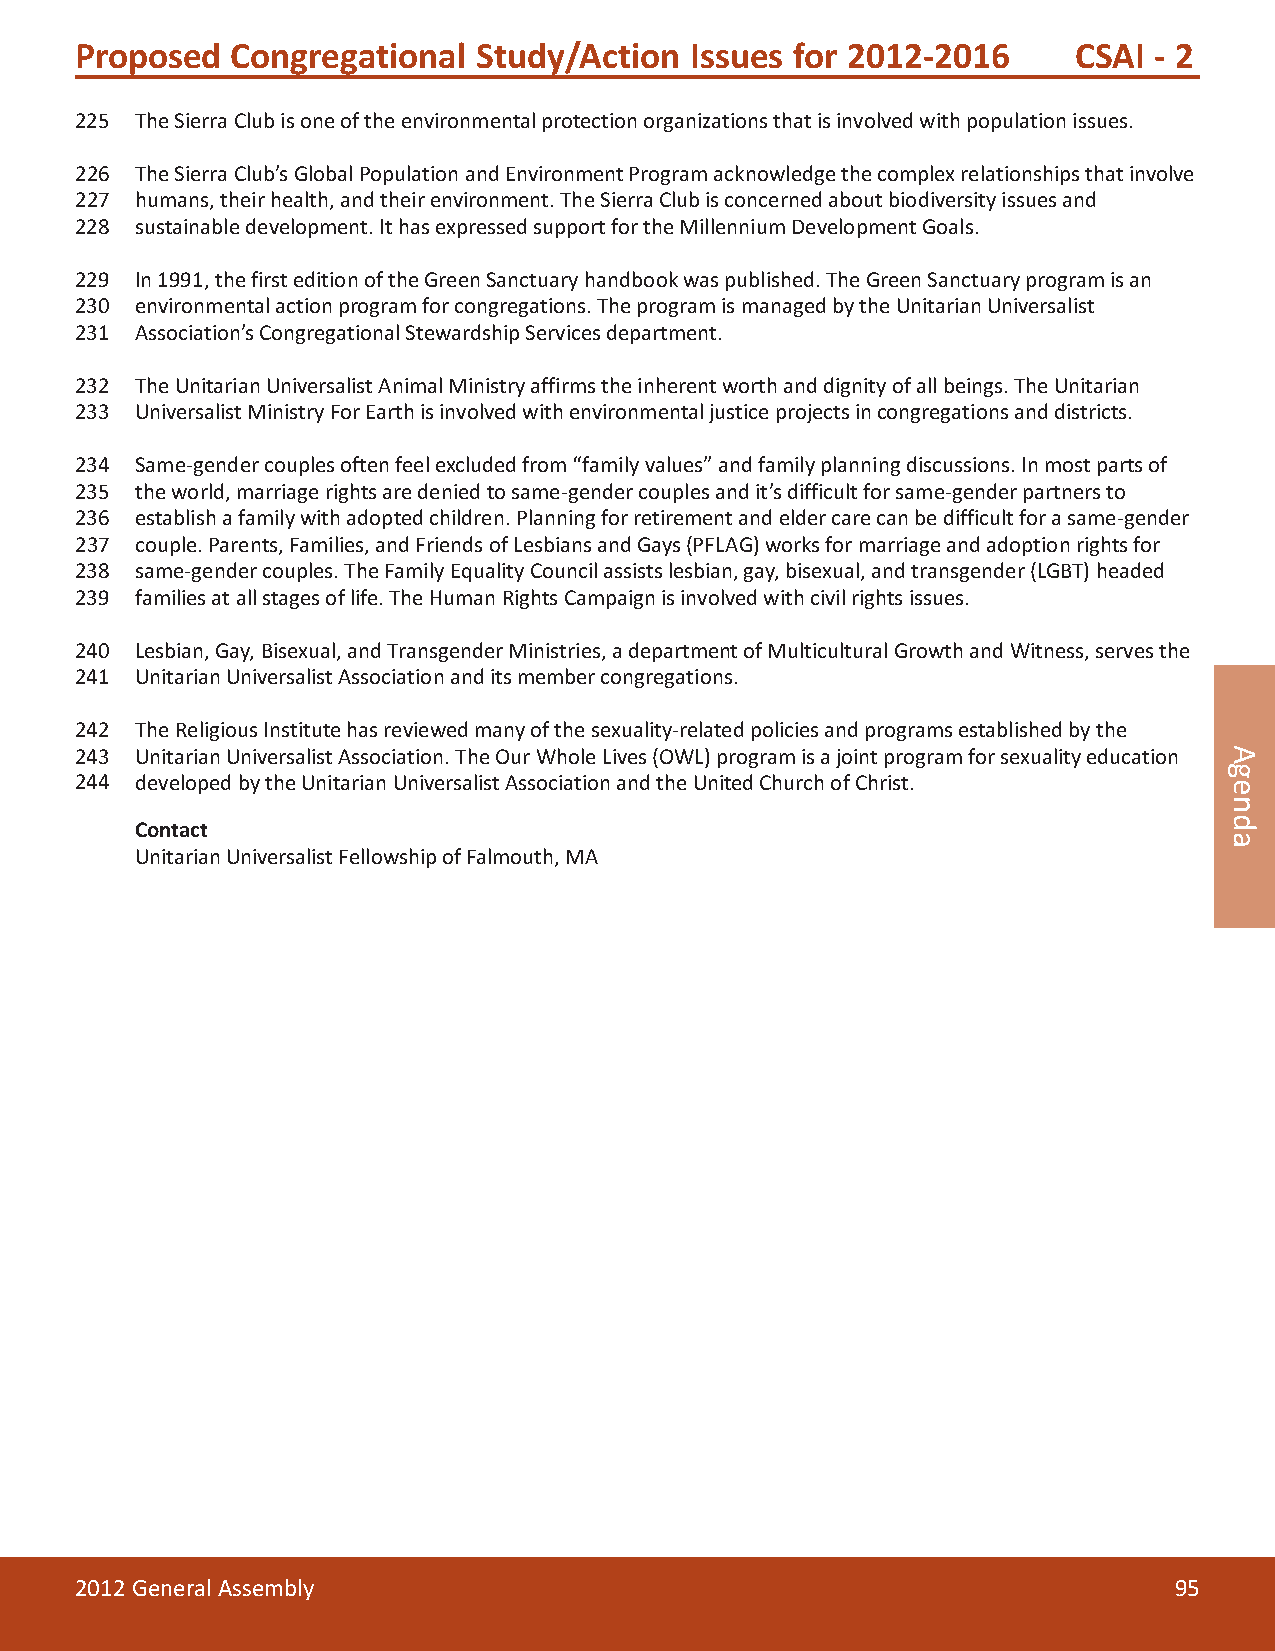
Proposed  Congregational   Study/Action  Issues for 2012-2016     CSAI - 2
 225 The Sierra Club is one of the environmental protection organizations that is involved with population issues.
 226 The Sierra Club’s Global Population and Environment Program acknowledge the complex relationships that involve
 227 humans, their health, and their environment. The Sierra Club is concerned about biodiversity issues and
 228 sustainable development. It has expressed support for the Millennium Development Goals.
 229 In 1991, the first edition of the Green Sanctuary handbook was published. The Green Sanctuary program is an
 230 environmental action program for congregations. The program is managed by the Unitarian Universalist
 231 Association’s Congregational Stewardship Services department.
 232 The Unitarian Universalist Animal Ministry affirms the inherent worth and dignity of all beings. The Unitarian
 233 Universalist Ministry For Earth is involved with environmental justice projects in congregations and districts.
 234 Same-gender couples often feel excluded from “family values” and family planning discussions. In most parts of
 235 the world, marriage rights are denied to same-gender couples and it’s difficult for same-gender partners to
 236 establish a family with adopted children. Planning for retirement and elder care can be difficult for a same-gender
 237 couple. Parents, Families, and Friends of Lesbians and Gays (PFLAG) works for marriage and adoption rights for
 238 same-gender couples. The Family Equality Council assists lesbian, gay, bisexual, and transgender (LGBT) headed
 239 families at all stages of life. The Human Rights Campaign is involved with civil rights issues.
 240 Lesbian, Gay, Bisexual, and Transgender Ministries, a department of Multicultural Growth and Witness, serves the
 241 Unitarian Universalist Association and its member congregations.
 242 The Religious Institute has reviewed many of the sexuality-related policies and programs established by the
 243 Unitarian Universalist Association. The Our Whole Lives (OWL) program is a joint program for sexuality education
 244 developed by the Unitarian Universalist Association and the United Church of Christ.
 Contact
 Unitarian Universalist Fellowship of Falmouth, MA
 2012 General Assembly                                                    95
 Agenda